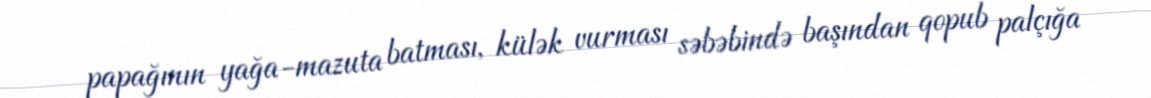
papağının yağa-mazuta batması, külək vurması səbəbində başından qopub palçığa